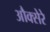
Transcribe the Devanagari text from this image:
औक्सेरे